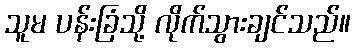
သူမ ပန်းခြံသို့ လိုက်သွားချင်သည်။